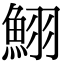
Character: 鮙